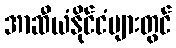
အာဆီယံနိုင်ငံများတွင်